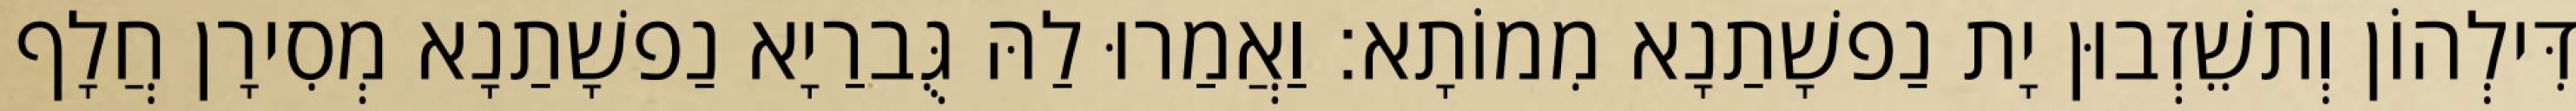
דִּילְהוֹן וְתשֵׁזְבוּן יָת נַפשָׁתַנָא מִמוֹתָא׃ וַאֲמַרוּ לַהּ גֻּברַיָא נַפשָׁתַנָא מְסִירָן חֲלָף